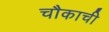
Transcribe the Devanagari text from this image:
चौकाची